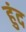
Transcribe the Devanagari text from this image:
हुंद